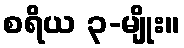
စရိယ ၃-မျိုး။